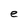
Character: e